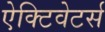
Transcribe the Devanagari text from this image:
ऐक्टिवेटर्स